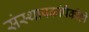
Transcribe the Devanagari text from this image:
संस्थापकांपैकीही